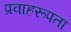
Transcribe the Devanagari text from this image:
प्रवाहरूपता